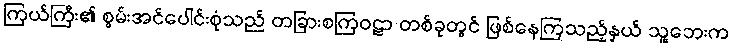
ကြယ်ကြီး၏ စွမ်းအင်ပေါင်းစုံသည် တခြားစကြဝဠာ တစ်ခုတွင် ဖြစ်နေကြသည့်နှယ် သူ့ဘေးက